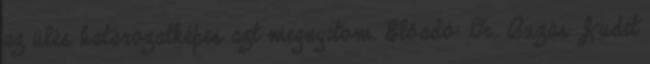
az ülés határozatképes azt megnyitom. Előadó: Dr. Buzás Judit